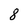
Character: 8